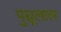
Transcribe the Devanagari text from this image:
पुन्नूलाल